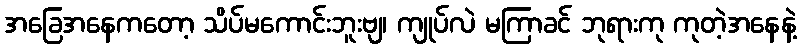
အခြေအနေကတော့ သိပ်မကောင်းဘူးဗျ၊ ကျုပ်လဲ မကြာခင် ဘုရားကု ကုတဲ့အနေနဲ့